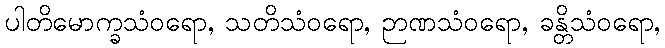
ပါတိမောက္ခသံဝရော, သတိသံဝရော, ဉာဏသံဝရော, ခန္တိသံဝရော,